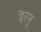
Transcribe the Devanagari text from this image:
इलू